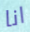
انا